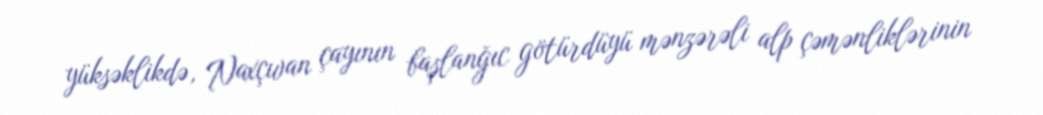
yüksəklikdə, Naxçıvan çayının başlanğıc götürdüyü mənzərəli alp çəmənliklərinin